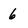
Character: 6